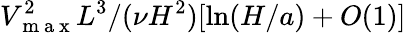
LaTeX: V_{\mathrm{~m~a~x~}}^{2}L^{3}/(\nu H^{2})[\ln(H/a)+O(1)]